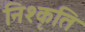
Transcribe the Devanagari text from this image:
निश्कृति